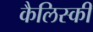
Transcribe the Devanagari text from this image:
कैलिस्की